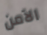
الآمن